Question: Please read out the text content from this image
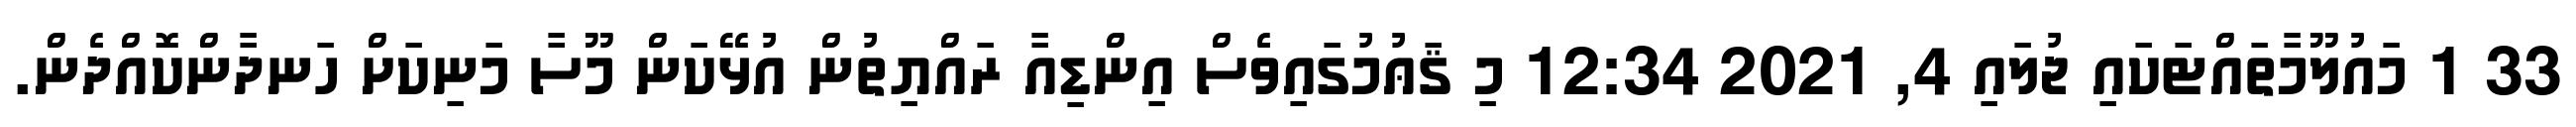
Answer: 33 1 މައުލޫމާތައްޓަކައި ޖުލައި 4, 2021 12:34 މި ޤަޢުމުގައިވެސް އިންޑިއާ ރައްޔިތުން އުޅޭކަން މޫސާ މަނިކަށް ހަނދާންކޮއްދެން.